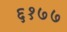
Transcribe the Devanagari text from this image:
६१७७